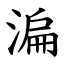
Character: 㴜